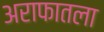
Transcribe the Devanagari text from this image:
अराफातला